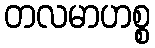
တလမာဟစ္စ